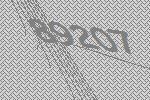
89207